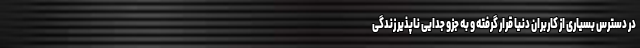
در دسترس بسیاری از کاربران دنیا قرار گرفته و به جزو جدایی ناپذیر زندگی